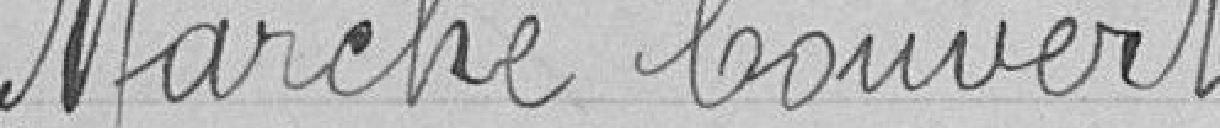
Marché Couvert